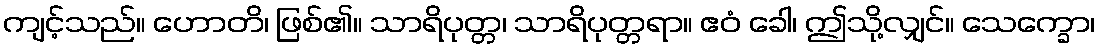
ကျင့်သည်။ ဟောတိ၊ ဖြစ်၏။ သာရိပုတ္တ၊ သာရိပုတ္တရာ။ ဧဝံ ခေါ၊ ဤသို့လျှင်။ သေက္ခော၊